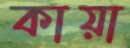
কায়া